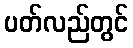
ပတ်လည်တွင်